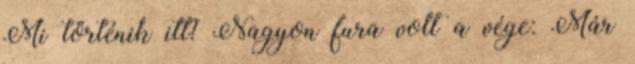
Mi történik itt? Nagyon fura volt a vége: Már